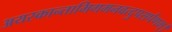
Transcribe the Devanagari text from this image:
अयस्कान्ताभिगमनवत्दुपसर्पणम्।